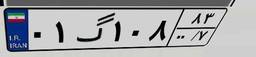
۰۱گ۱۰۸۸۳